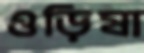
ওড়িষা